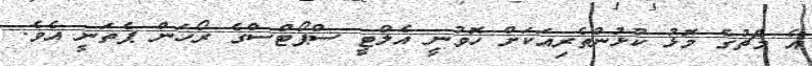
އެ މެޗުގެ މޮޅު ކުޅުންތެރިއަކަށް ހޮވުނީ އެލްޓީ ސްޕޯޓްސްގެ ރޯހަން ޕެތަނީ އެވެ.